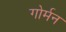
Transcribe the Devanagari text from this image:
गोर्मन